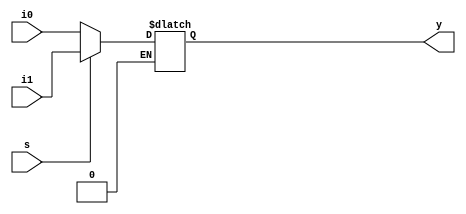
`timescale 1ns / 1ps
//////////////////////////////////////////////////////////////////////////////////
// Company: 
// Engineer: 
// 
// Design Name: 
// Module Name:    mux2x1_bh 
// Project Name: 
// Target Devices: 
// Tool versions: 
// Description: 
//
// Dependencies: 
//
// Revision: 
// Revision 0.01 - File Created
// Additional Comments: 
//
//////////////////////////////////////////////////////////////////////////////////
module mux2x1_bh(i0,i1,s,y);
input i0,i1,s;
output reg y;
always @ (i0,i1,s)
begin
if(s==0)
y=i0;
if(s==1)
y=i1;
end

endmodule